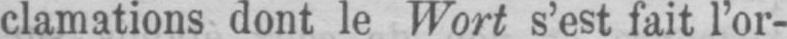
clamations dont le Wort s’est fait l’or-